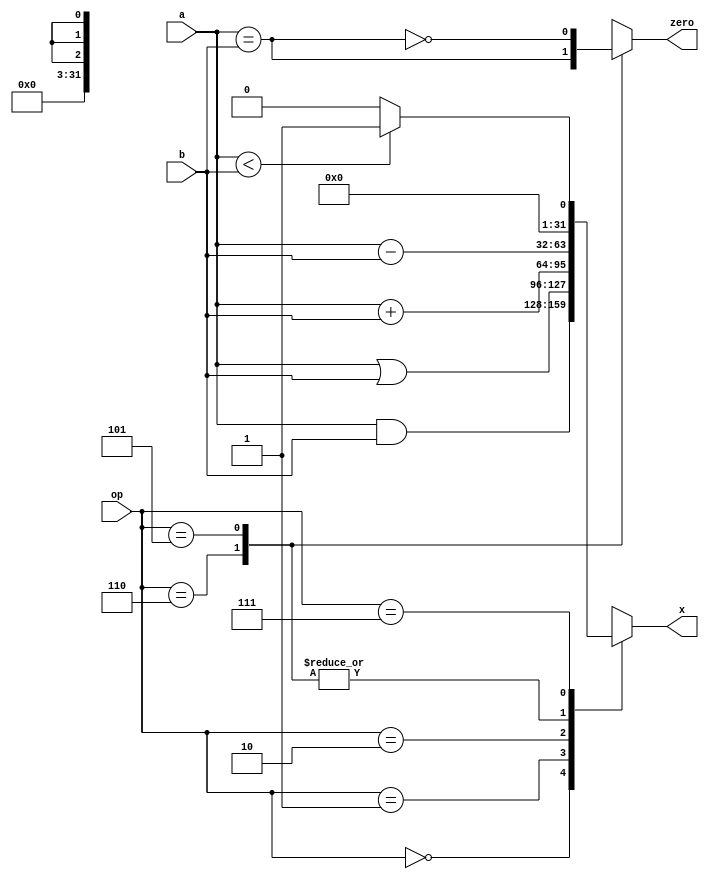
module ALU(
    input [2:0] op,
    input [31:0] a,
    input [31:0] b,
    output reg [31:0] x, //result
    output reg zero //flg for conditional branch
);

parameter ALU_CODE_AND = 3'b000;
parameter ALU_CODE_OR = 3'b001;
parameter ALU_CODE_ADD = 3'b010;
parameter ALU_CODE_SUB = 3'b110;
parameter ALU_CODE_SUB_N = 3'b101; //bne
parameter ALU_CODE_SLT = 3'b111;

always @* begin
    case(op)
        ALU_CODE_AND: begin
            x = a & b;
            zero = 1'bx;
        end
        ALU_CODE_OR: begin
            x = a | b;
            zero = 1'bx;
        end
        ALU_CODE_ADD: begin
            x = a + b;
            zero = 1'bx;
        end
        ALU_CODE_SUB: begin
            x = a - b;
            zero = (a == b);
        end
        ALU_CODE_SUB_N: begin
            x = a - b;
            zero = !(a == b);
        end
       
        ALU_CODE_SLT: begin
            zero = 1'bx;
            if(a < b) begin
                x = 31'b1;
            end
            else begin
                x = 31'b0;
            end
        end
        default: begin
            x = 3'bx;
            zero = 1'bx;
        end
    endcase
end

endmodule